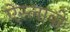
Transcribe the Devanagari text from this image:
ऐस्लाबी